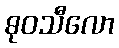
ဓုဝသီလော